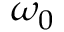
\omega _ { 0 }